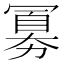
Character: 𪞕